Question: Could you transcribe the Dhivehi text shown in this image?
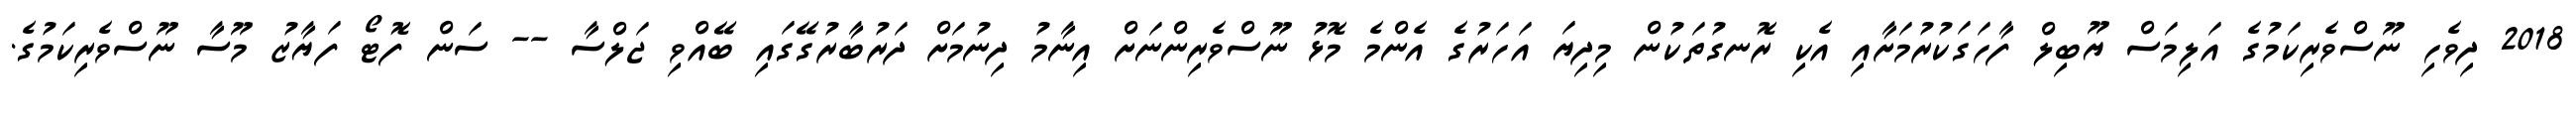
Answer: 2018 ދިވެހި ނޫސްވެރިކަމުގެ އަލިމަސް ޔޫބިލް ފާހަގަކުރުމަށާއި އެކި ރޮނގުތަކުން މިދިޔަ އަހަރުގެ އެންމެ މޮޅު ނޫސްވެރިންނަށް އިނާމު ދިނުމަށް ދަރުބާރުގޭގައި ބޭއްވި ޖަލްސާ -- ސަން ފޮޓޯ ފަޔާޒު މޫސާ ނޫސްވެރިކަމުގެ.